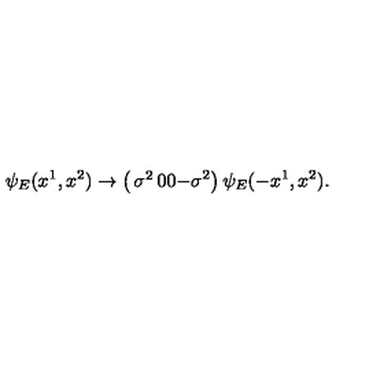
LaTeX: \psi _ { E } ( x ^ { 1 } , x ^ { 2 } ) \rightarrow \left( \begin{matrix} { \sigma ^ { 2 } } & { 0 } \\ { 0 } & { - \sigma ^ { 2 } } \\ \end{matrix} \right) \psi _ { E } ( - x ^ { 1 } , x ^ { 2 } ) .